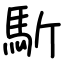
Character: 馸